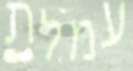
עמלת